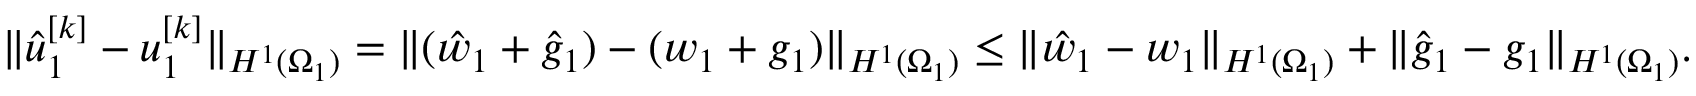
\lVert \hat { u } _ { 1 } ^ { [ k ] } - u _ { 1 } ^ { [ k ] } \rVert _ { H ^ { 1 } ( \Omega _ { 1 } ) } = \lVert ( \hat { w } _ { 1 } + \hat { g } _ { 1 } ) - ( w _ { 1 } + g _ { 1 } ) \rVert _ { H ^ { 1 } ( \Omega _ { 1 } ) } \leq \lVert \hat { w } _ { 1 } - w _ { 1 } \rVert _ { H ^ { 1 } ( \Omega _ { 1 } ) } + \lVert \hat { g } _ { 1 } - g _ { 1 } \rVert _ { H ^ { 1 } ( \Omega _ { 1 } ) } .